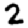
Digit: 2